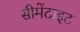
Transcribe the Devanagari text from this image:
सीमेंटाइट